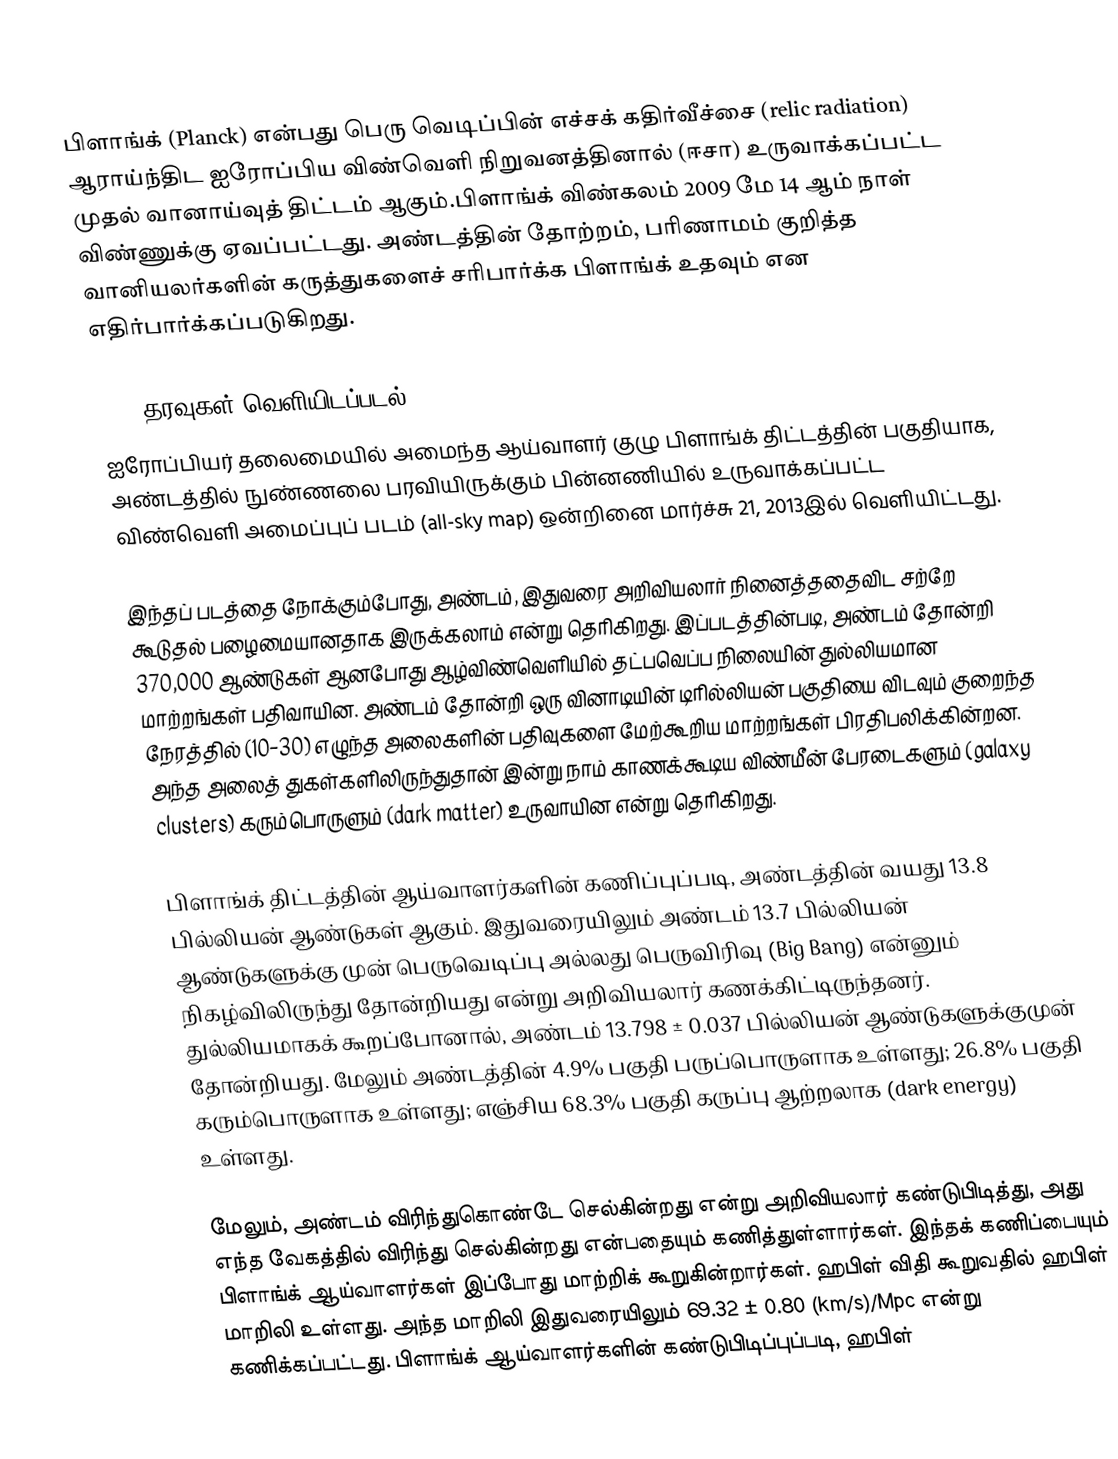
பிளாங்க் (Planck) என்பது பெரு வெடிப்பின் எச்சக் கதிர்வீச்சை (relic radiation) ஆராய்ந்திட ஐரோப்பிய விண்வெளி நிறுவனத்தினால் (ஈசா) உருவாக்கப்பட்ட முதல் வானாய்வுத் திட்டம் ஆகும்.பிளாங்க் விண்கலம் 2009 மே 14 ஆம் நாள் விண்ணுக்கு ஏவப்பட்டது. அண்டத்தின் தோற்றம், பரிணாமம் குறித்த வானியலர்களின் கருத்துகளைச் சரிபார்க்க பிளாங்க் உதவும் என எதிர்பார்க்கப்படுகிறது.

2013 தரவுகள் வெளியிடப்படல்
ஐரோப்பியர் தலைமையில் அமைந்த ஆய்வாளர் குழு பிளாங்க் திட்டத்தின் பகுதியாக, அண்டத்தில் நுண்ணலை பரவியிருக்கும் பின்னணியில் உருவாக்கப்பட்ட விண்வெளி அமைப்புப் படம் (all-sky map) ஒன்றினை மார்ச்சு 21, 2013இல் வெளியிட்டது.

இந்தப் படத்தை நோக்கும்போது, அண்டம், இதுவரை அறிவியலார் நினைத்ததைவிட சற்றே கூடுதல் பழைமையானதாக இருக்கலாம் என்று தெரிகிறது. இப்படத்தின்படி, அண்டம் தோன்றி 370,000 ஆண்டுகள் ஆனபோது ஆழ்விண்வெளியில் தட்பவெப்ப நிலையின் துல்லியமான மாற்றங்கள் பதிவாயின. அண்டம் தோன்றி ஒரு வினாடியின் டிரில்லியன் பகுதியை விடவும் குறைந்த நேரத்தில் (10−30) எழுந்த அலைகளின் பதிவுகளை மேற்கூறிய மாற்றங்கள் பிரதிபலிக்கின்றன. அந்த அலைத் துகள்களிலிருந்துதான் இன்று நாம் காணக்கூடிய விண்மீன் பேரடைகளும் (galaxy clusters) கரும்பொருளும் (dark matter) உருவாயின என்று தெரிகிறது.

பிளாங்க் திட்டத்தின் ஆய்வாளர்களின் கணிப்புப்படி, அண்டத்தின் வயது 13.8 பில்லியன் ஆண்டுகள் ஆகும். இதுவரையிலும் அண்டம் 13.7 பில்லியன் ஆண்டுகளுக்கு முன் பெருவெடிப்பு அல்லது பெருவிரிவு (Big Bang) என்னும் நிகழ்விலிருந்து தோன்றியது என்று அறிவியலார் கணக்கிட்டிருந்தனர். துல்லியமாகக் கூறப்போனால், அண்டம் 13.798 ± 0.037 பில்லியன் ஆண்டுகளுக்குமுன் தோன்றியது. மேலும் அண்டத்தின்  4.9% பகுதி பருப்பொருளாக உள்ளது; 26.8% பகுதி கரும்பொருளாக உள்ளது; எஞ்சிய 68.3% பகுதி கருப்பு ஆற்றலாக (dark energy) உள்ளது.

மேலும், அண்டம் விரிந்துகொண்டே செல்கின்றது என்று அறிவியலார் கண்டுபிடித்து, அது எந்த வேகத்தில் விரிந்து செல்கின்றது என்பதையும் கணித்துள்ளார்கள். இந்தக் கணிப்பையும் பிளாங்க் ஆய்வாளர்கள் இப்போது மாற்றிக் கூறுகின்றார்கள். ஹபிள் விதி கூறுவதில் ஹபிள் மாறிலி உள்ளது. அந்த மாறிலி இதுவரையிலும் 69.32 ± 0.80 (km/s)/Mpc என்று கணிக்கப்பட்டது. பிளாங்க் ஆய்வாளர்களின் கண்டுபிடிப்புப்படி, ஹபிள்